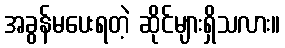
အခွန်မပေးရတဲ့ ဆိုင်များရှိသလား။